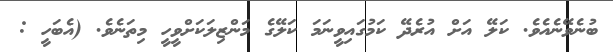
ބުނެވޭނެއެވެ. ކަލޭ އަށް އުރެދޭ ކަމުގައިވީނަމަ ކަލޭގެ މަންޒިލަކަށްވީހީ މިތަނެވެ. (އެބަހީ :